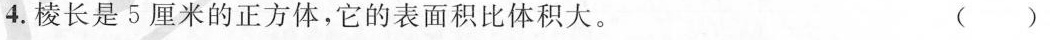
4.棱长是5厘米的正方体，它的表面积比体积大。 ( )